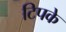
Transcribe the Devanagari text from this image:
टिपके